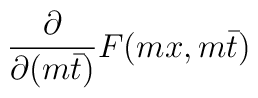
\frac{\partial}{\partial (m \bar t)} F(m x,m \bar t)